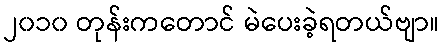
၂၀၁၀ တုန်းကတောင် မဲပေးခဲ့ရတယ်ဗျာ။